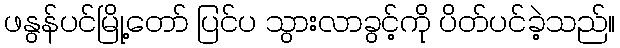
ဖနွန်ပင်မြို့တော် ပြင်ပ သွားလာခွင့်ကို ပိတ်ပင်ခဲ့သည်။